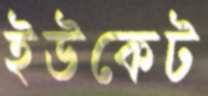
ইউকেট